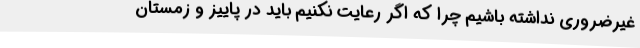
غیرضروری نداشته باشیم چرا که اگر رعایت نکنیم باید در پاییز و زمستان